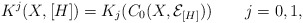
\begin{align*}K^j(X, [H]) = K_j(C_0(X, {\mathcal E}_{[H]}))\qquad j=0,1,\end{align*}